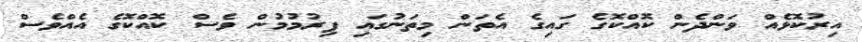
އިރުކޮޅެއް ވަންދެން ކޮއްކޮގެ ގައިގެ އެތަން މިތަނުގައި ފިރުމުމުން ވެސް ކޮއްކޮގެ އެއްވެސް